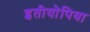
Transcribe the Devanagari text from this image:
इतीयोपिया